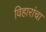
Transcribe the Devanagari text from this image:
विहारांचा